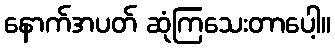
နောက်အပတ် ဆုံကြသေးတာပေါ့။